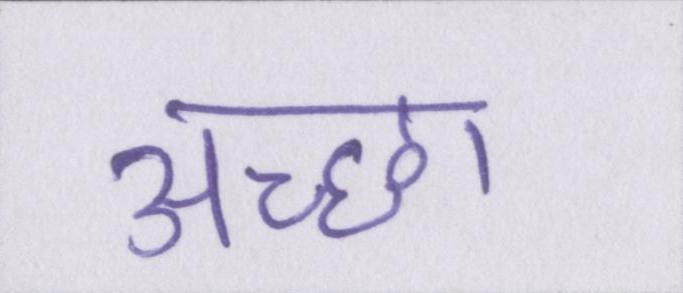
अच्छा